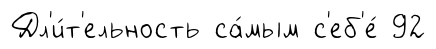
Дл'и́т'ельность са́мым с'еб'е́ 92